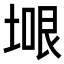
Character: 𭎼